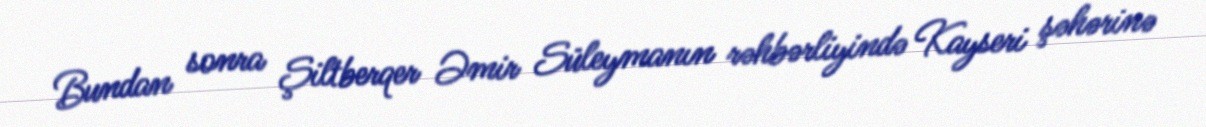
Bundan sonra Şiltberqer Əmir Süleymanın rəhbərliyində Kayseri şəhərinə